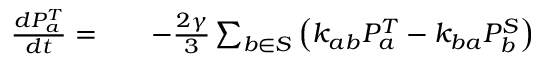
\begin{array} { r l r } { \frac { d P _ { a } ^ { T } } { d t } = } & { { } } & { - \frac { 2 \gamma } { 3 } \sum _ { b \in S } \left( k _ { a b } P _ { a } ^ { T } - k _ { b a } P _ { b } ^ { S } \right) } \end{array}